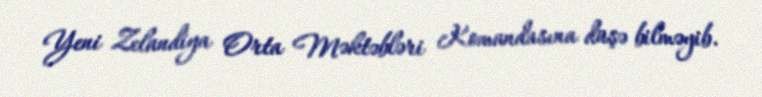
Yeni Zelandiya Orta Məktəbləri Komandasına düşə bilməyib.